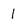
Character: l